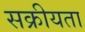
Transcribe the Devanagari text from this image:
सक्रीयता